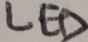
Text: LED